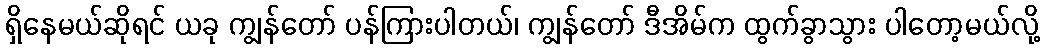
ရှိနေမယ်ဆိုရင် ယခု ကျွန်တော် ပန်ကြားပါတယ်၊ ကျွန်တော် ဒီအိမ်က ထွက်ခွာသွား ပါတော့မယ်လို့